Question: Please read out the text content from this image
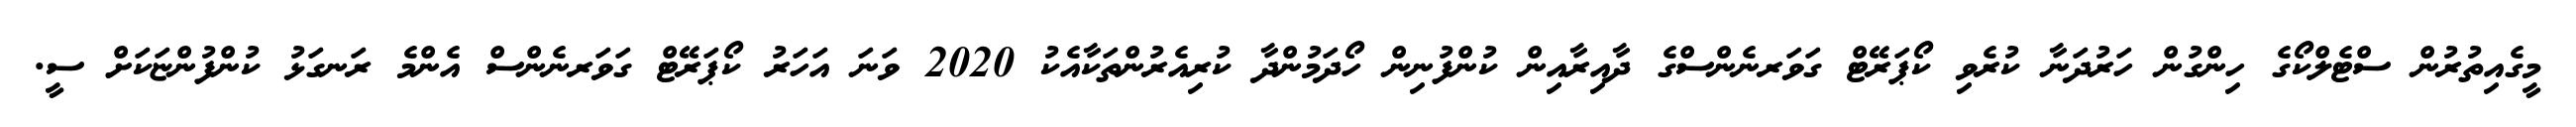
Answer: މީގެއިތުރުން ސްޓެލްކޯގެ ހިންގުން ހަރުދަނާ ކުރެވި ކޯޕަރޭޓް ގަވަރނެންސްގެ ދާއިރާއިން ކުންފުނިން ހޯދަމުންދާ ކުރިއެރުންތަކާއެކު 2020 ވަނަ އަހަރު ކޯޕަރޭޓް ގަވަރނެންސް އެންމެ ރަނގަޅު ކުންފުންޏަކަށް ސީ.